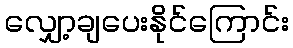
လျှော့ချပေးနိုင်ကြောင်း